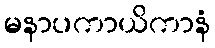
မနာပကာယိကာနံ